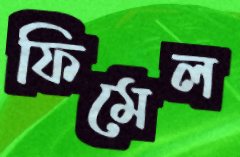
ফিমেল